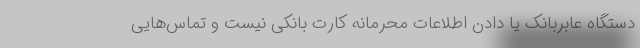
دستگاه عابربانک یا دادن اطلاعات محرمانه کارت بانکی نیست و تماس‌هایی